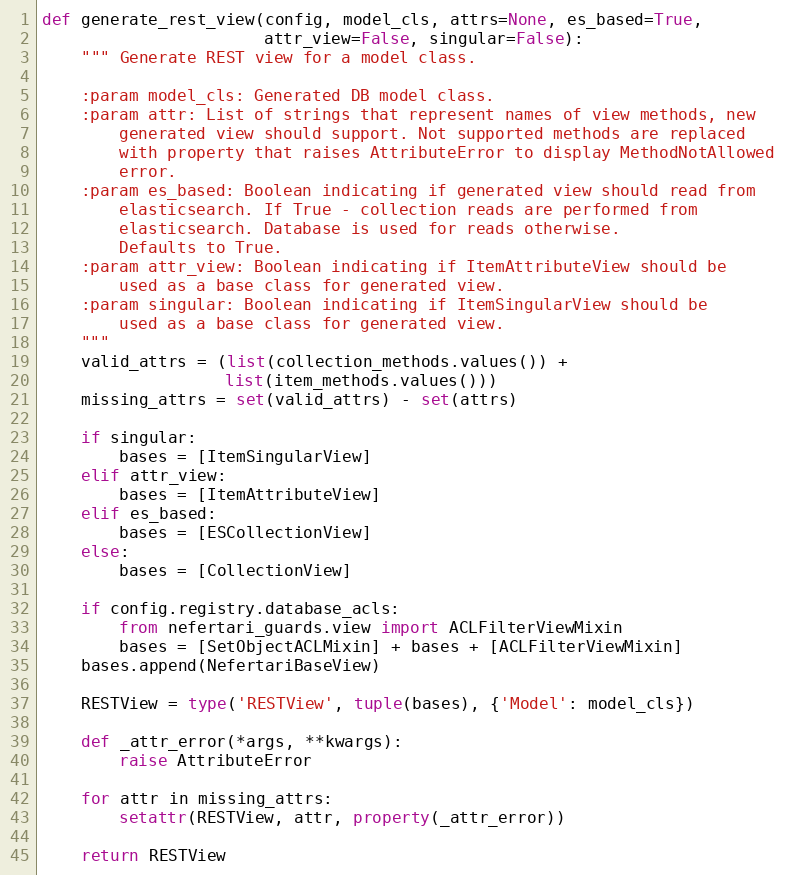
Language: Python
def generate_rest_view(config, model_cls, attrs=None, es_based=True,
                       attr_view=False, singular=False):
    """ Generate REST view for a model class.

    :param model_cls: Generated DB model class.
    :param attr: List of strings that represent names of view methods, new
        generated view should support. Not supported methods are replaced
        with property that raises AttributeError to display MethodNotAllowed
        error.
    :param es_based: Boolean indicating if generated view should read from
        elasticsearch. If True - collection reads are performed from
        elasticsearch. Database is used for reads otherwise.
        Defaults to True.
    :param attr_view: Boolean indicating if ItemAttributeView should be
        used as a base class for generated view.
    :param singular: Boolean indicating if ItemSingularView should be
        used as a base class for generated view.
    """
    valid_attrs = (list(collection_methods.values()) +
                   list(item_methods.values()))
    missing_attrs = set(valid_attrs) - set(attrs)

    if singular:
        bases = [ItemSingularView]
    elif attr_view:
        bases = [ItemAttributeView]
    elif es_based:
        bases = [ESCollectionView]
    else:
        bases = [CollectionView]

    if config.registry.database_acls:
        from nefertari_guards.view import ACLFilterViewMixin
        bases = [SetObjectACLMixin] + bases + [ACLFilterViewMixin]
    bases.append(NefertariBaseView)

    RESTView = type('RESTView', tuple(bases), {'Model': model_cls})

    def _attr_error(*args, **kwargs):
        raise AttributeError

    for attr in missing_attrs:
        setattr(RESTView, attr, property(_attr_error))

    return RESTView